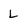
Character: L